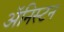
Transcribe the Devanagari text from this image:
ॲनिस्टन